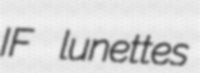
IF lunettes